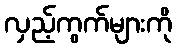
လှည့်ကွက်များကို